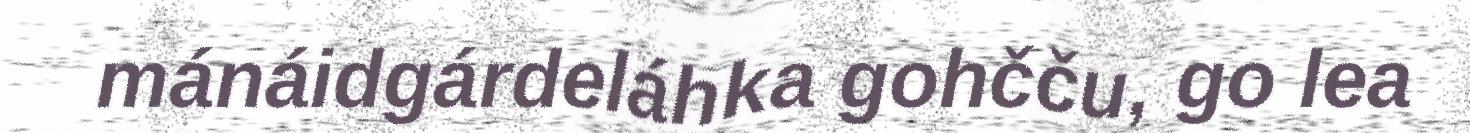
mánáidgárdeláhka gohčču, go lea